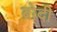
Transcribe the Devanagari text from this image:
ब्रोदी